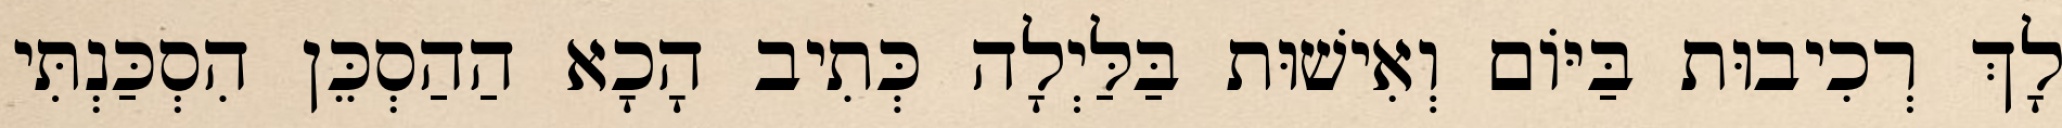
לָךְ רְכִיבוּת בַּיּוֹם וְאִישׁוּת בַּלַּיְלָה כְּתִיב הָכָא הַהַסְכֵּן הִסְכַּנְתִּי